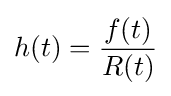
h(t)={\frac {f(t)}{R(t)}}